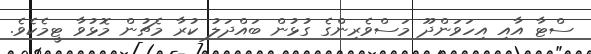
ސްޓާ އާއި އިހަވަންދޫ މަސްވެރިންގެ ގުޅުން ބައްދަލު ކުރާ މެޗުން މޮޅުވާ ޓީމެކެވެ.